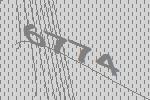
6774